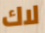
لاك